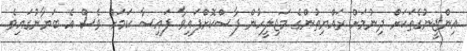
އިންޖީނުގެތަކަށް ދިނުމަށް ރައްޔިތުންގެ މަޖިލީހުން ފާސްކޮށްފައިވާ ފައިސާ ކަމަށް ވެސް އެ ބަޔާނުގައިވެ